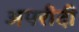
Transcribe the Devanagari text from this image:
अपरीदी